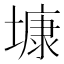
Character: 𡐓